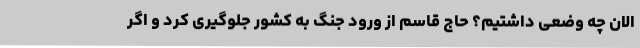
الان چه وضعی داشتیم؟ حاج قاسم از ورود جنگ به کشور جلوگیری کرد و اگر